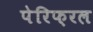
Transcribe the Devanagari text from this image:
पेरिफ़रल